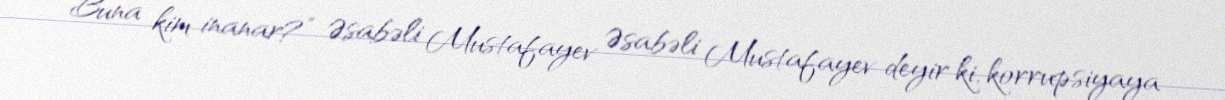
Buna kim inanar?” Əsabəli Mustafayev Əsabəli Mustafayev deyir ki, korrupsiyaya